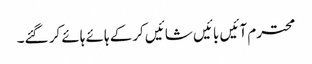
محترم آئیں بائیں شائیں کرکے ہائے ہائے کر گئے۔